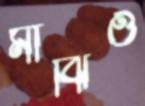
মাঝিও